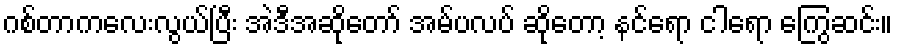
ဂစ်တာကလေးလွယ်ပြီး အဲဒီအဆိုတော် အမ်ပလပ် ဆိုတော့ နင်ရော ငါရော ကြွေဆင်း။